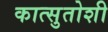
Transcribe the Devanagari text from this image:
कात्सुतोशी